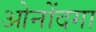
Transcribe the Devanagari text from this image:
ओनोंदगा